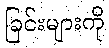
ခြင်းများကို